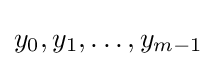
y_{0},y_{1},\ldots ,y_{m-1}